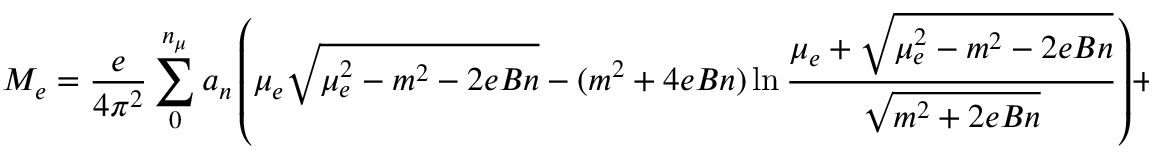
{ \cal M } _ { e } = \frac { e } { 4 \pi ^ { 2 } } \sum _ { 0 } ^ { n _ { \mu } } a _ { n } \left( \mu _ { e } \sqrt { \mu _ { e } ^ { 2 } - m ^ { 2 } - 2 e B n } - ( m ^ { 2 } + 4 e B n ) \ln \frac { \mu _ { e } + \sqrt { \mu _ { e } ^ { 2 } - m ^ { 2 } - 2 e B n } } { \sqrt { m ^ { 2 } + 2 e B n } } \right) + { \cal M } _ { 0 e } ,